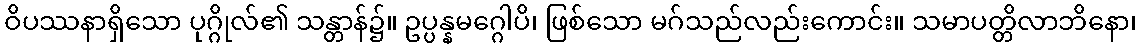
ဝိပဿနာရှိသော ပုဂ္ဂိုလ်၏ သန္တာန်၌။ ဥပ္ပန္နမဂ္ဂေါပိ၊ ဖြစ်သော မဂ်သည်လည်းကောင်း။ သမာပတ္တိလာဘိနော၊